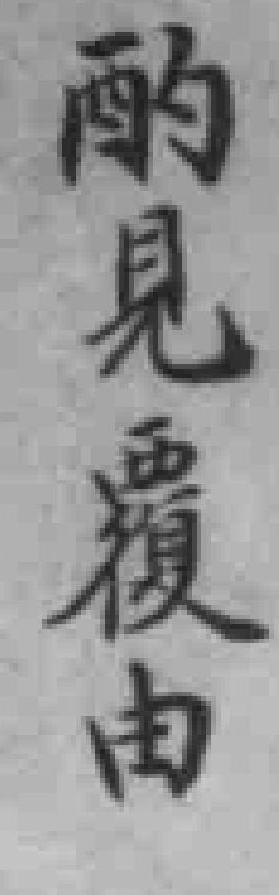
酌見覆由